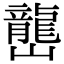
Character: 𡾩